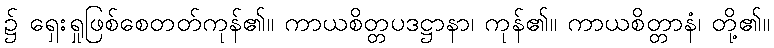
၌ ရှေးရှုဖြစ်စေတတ်ကုန်၏။ ကာယစိတ္တပဒဋ္ဌာနာ၊ ကုန်၏။ ကာယစိတ္တာနံ၊ တို့၏။